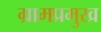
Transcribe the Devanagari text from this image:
ग्रामप्रमुख